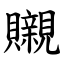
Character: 䞋